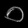
Digit: ၀